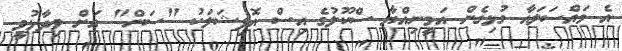
އެ މައްސަލައާ ގުޅިގެން އަމީނިއްޔާ ސްކޫލުގެ އިސް އޮފިޝަލަކު "ސަން" އަށް ވިދާޅުވީ